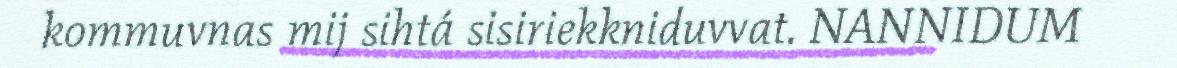
kommuvnas mij sihtá sisiriekkniduvvat. NANNIDUM